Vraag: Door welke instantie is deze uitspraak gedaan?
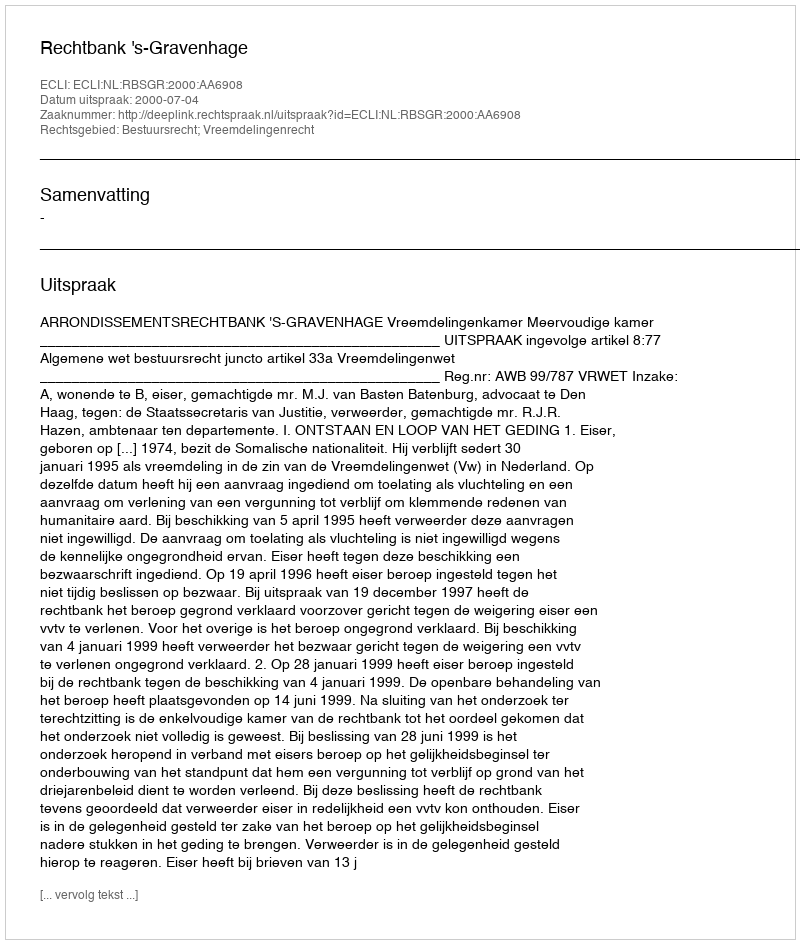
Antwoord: Rechtbank 's-Gravenhage